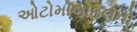
ઓટોમોબાઇલનો